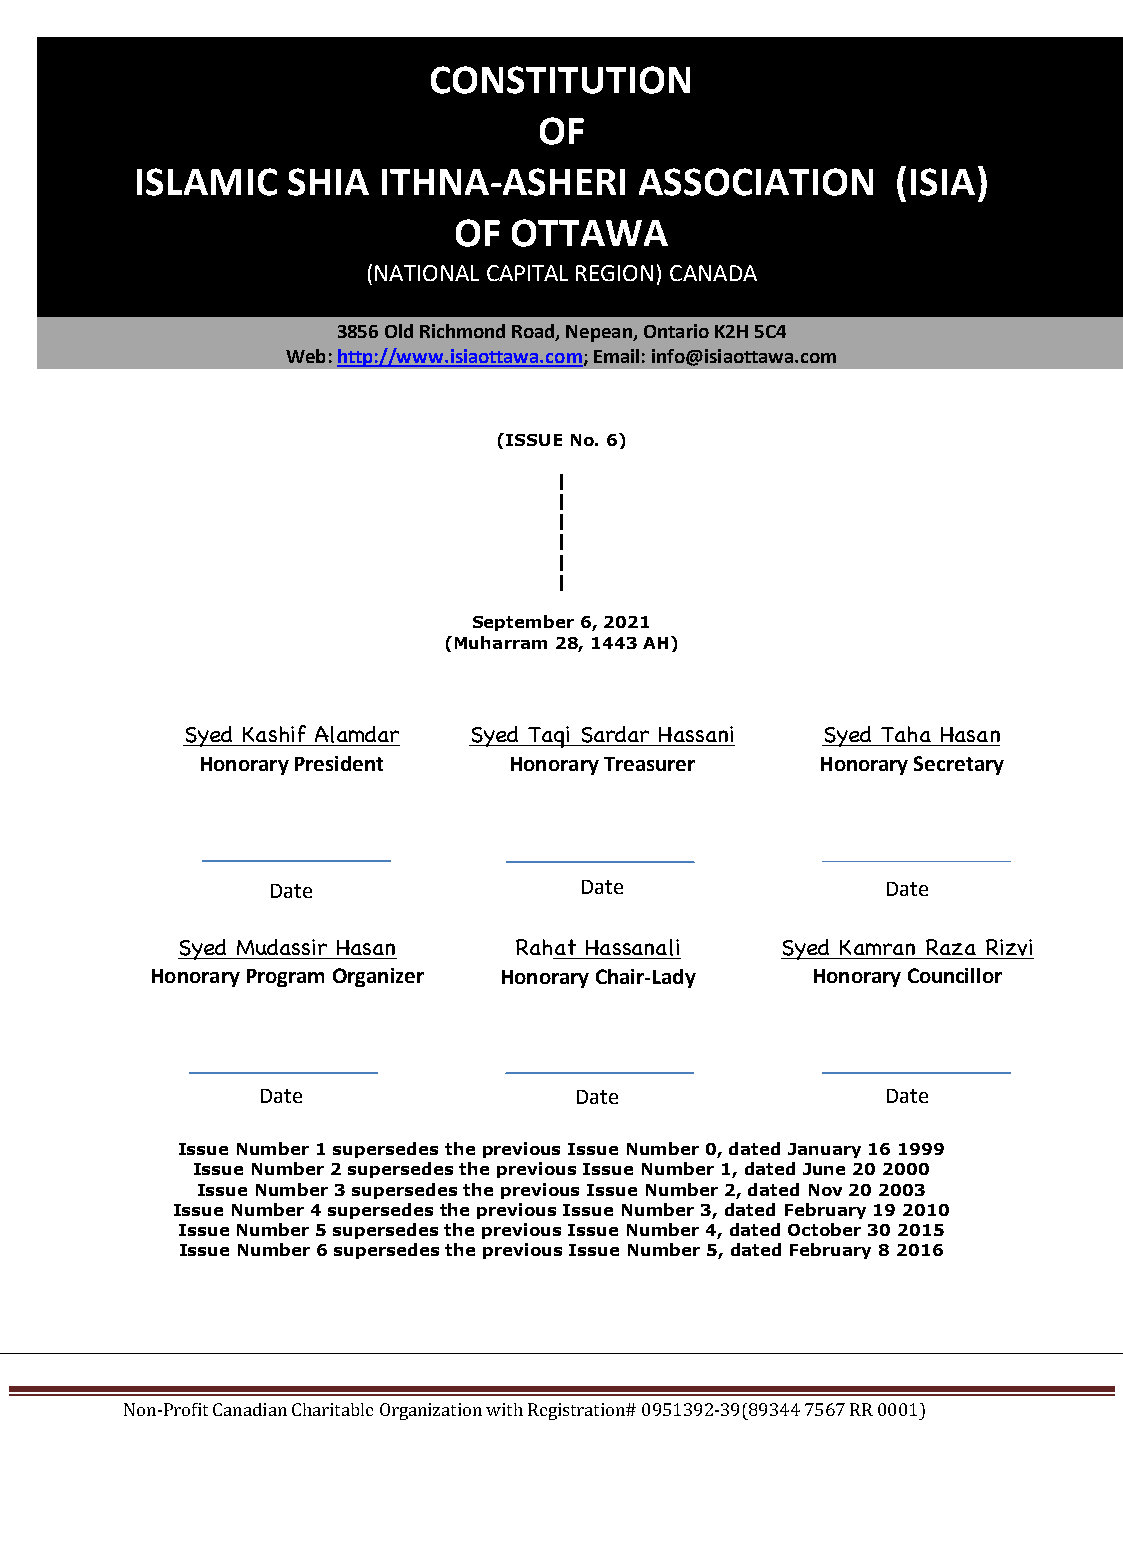
CONSTITUTION
 OF
 ISLAMIC   SHIA  ITHNA-ASHERI     ASSOCIATION      (ISIA)
 OF  OTTAWA
 (NATIONAL CAPITAL REGION) CANADA
 3856 Old Richmond Road, Nepean, Ontario K2H 5C4
 Web: http://www.isiaottawa.com; Email: info@isiaottawa.com
 (ISSUE No. 6)
 |
 |
 |
 |
 |
 |
 September 6, 2021
 (Muharram 28, 1443 AH)
 Syed Kashif Alamdar Syed Taqi Sardar Hassani Syed Taha Hasan
 Honorary President   Honorary Treasurer  Honorary Secretary
 Date                Date                 Date
 Syed Mudassir Hasan   Raha t H a s s a nali Syed Kamran Raza Rizvi
 Honorary Program Organizer Honorary Chair-Lady Honorary Councillor
 Date                 Date                 Date
 Issue Number 1 supersedes the previous Issue Number 0, dated January 16 1999
 Issue Number 2 supersedes the previous Issue Number 1, dated June 20 2000
 Issue Number 3 supersedes the previous Issue Number 2, dated Nov 20 2003
 Issue Number 4 supersedes the previous Issue Number 3, dated February 19 2010
 Issue Number 5 supersedes the previous Issue Number 4, dated October 30 2015
 Issue Number 6 supersedes the previous Issue Number 5, dated February 8 2016
 Non-Profit Canadian Charitable Organization with Registration# 0951392-39(89344 7567 RR 0001)